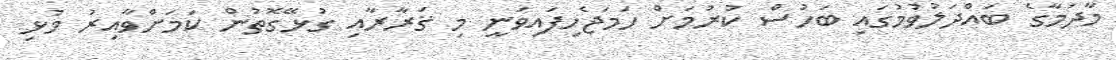
މާދަމާގެ ބައްދަލުވުމުގައި ބަހުސް ކުރުމަށް ހަމަޖެހިފައިވަނީ މި ޤަރާރާއި ގުޅޭގޮތުން ކަމަށްވާއިރު މުޅި